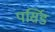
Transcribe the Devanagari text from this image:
पर्सिड